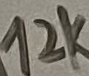
Text: 12K